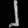
Digit: ၂